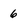
Character: 6